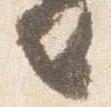
者